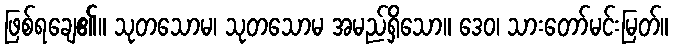
ဖြစ်ရချေ၏။ သုတသောမ၊ သုတသောမ အမည်ရှိသော။ ဒေဝ၊ သားတော်မင်းမြတ်။